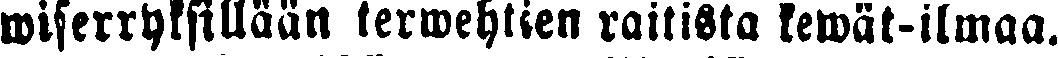
wiserryksillään terwehtien raitista kewät-ilmaa.